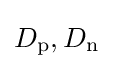
D_{\text{p}},D_{\text{n}}